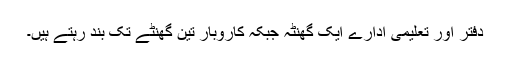
دفتر اور تعلیمی ادارے ایک گھنٹہ جبکہ کاروبار تین گھنٹے تک بند رہتے ہیں۔